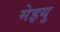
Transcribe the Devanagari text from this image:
मेइयु